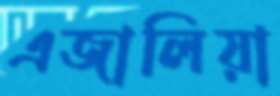
এজালিয়া